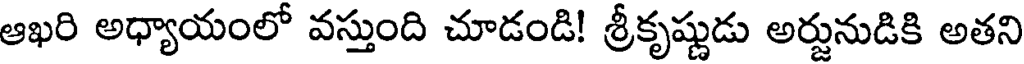
ఆఖరి అధ్యాయంలో వస్తుంది చూడండి! శ్రీకృష్ణుడు అర్జునుడికి అతని